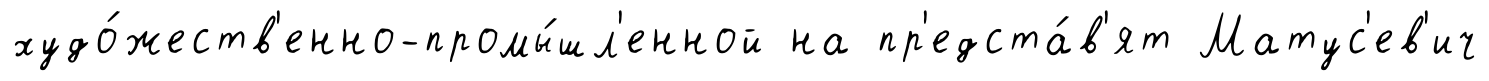
худо́жеств'енно-промы́шл'енной на пр'едста́в'ят Матус'ев'ич